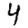
Digit: 4